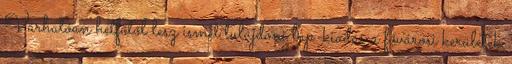
Várhatóan hétfőtől lesz ismét tulajdoni lap-kiadás a fővárosi kerületek